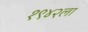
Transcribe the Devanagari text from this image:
१९४२ला